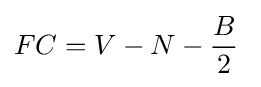
FC=V-N-{\frac {B}{2}}\